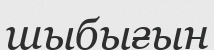
шыбығын